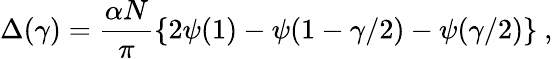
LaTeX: \Delta({\gamma})=\frac{\alpha N}{\pi}\left\{ 2\psi(1)-\psi(1-\gamma/2)-\psi(\gamma/2)\right\} \ ,